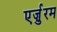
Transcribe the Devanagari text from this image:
एर्ज़ुरम